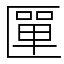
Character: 匰